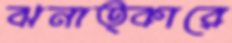
ঝনাত্কারে